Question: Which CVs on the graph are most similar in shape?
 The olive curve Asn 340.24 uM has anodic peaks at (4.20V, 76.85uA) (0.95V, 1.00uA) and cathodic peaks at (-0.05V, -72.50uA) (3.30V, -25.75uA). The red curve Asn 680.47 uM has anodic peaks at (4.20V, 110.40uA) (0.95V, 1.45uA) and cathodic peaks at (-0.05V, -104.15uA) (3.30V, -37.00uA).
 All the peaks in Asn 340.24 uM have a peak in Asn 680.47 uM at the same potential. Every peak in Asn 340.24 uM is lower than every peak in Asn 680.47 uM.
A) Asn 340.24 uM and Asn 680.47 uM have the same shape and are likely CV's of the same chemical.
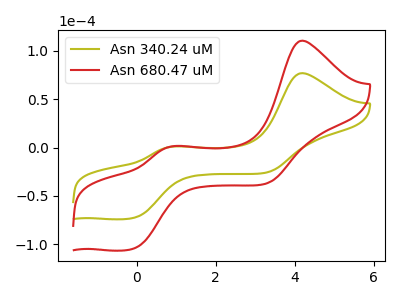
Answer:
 <answer>A) "Asn 340.24 uM" and "Asn 680.47 uM" have the same shape and are likely CV's of the same chemical.</answer>
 <eval>A</eval>